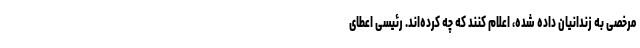
مرخصی به زندانیان داده شده، اعلام کنند که چه کرده‌اند. رئیسی اعطای